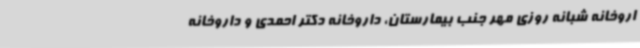
اروخانه شبانه روزی مهر جنب بیمارستان، داروخانه دکتر احمدی و داروخانه